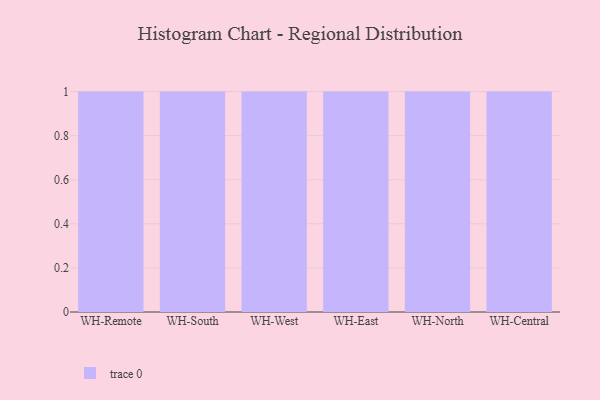
{"axis": {"x": "Warehouse", "y": "Demand Index"}, "legend": [""], "data": [{"x": "WH-Remote", "y": 40, "type": ""}, {"x": "WH-South", "y": 31, "type": ""}, {"x": "WH-West", "y": 59, "type": ""}, {"x": "WH-East", "y": 38, "type": ""}, {"x": "WH-North", "y": 95, "type": ""}, {"x": "WH-Central", "y": 14, "type": ""}]}